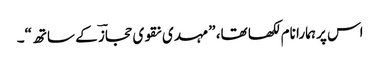
اس پر ہمارا نام لکھا تھا، ”مہدی نقوی حجازؔ کے ساتھ“۔